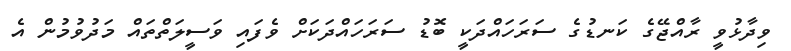
ވިދާޅުވީ ރާއްޖޭގެ ކަނޑުގެ ސަރަހައްދަކީ ބޮޑު ސަރަހައްދަކަށް ވެފައި ވަސީލަތްތައް މަދުވުމުން އެ